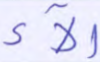
آلاء